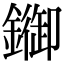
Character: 䥏